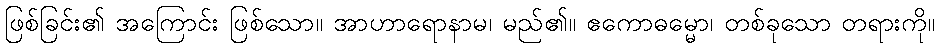
ဖြစ်ခြင်း၏ အကြောင်း ဖြစ်သော။ အာဟာရောနာမ၊ မည်၏။ ဧကောဓမ္မော၊ တစ်ခုသော တရားကို။